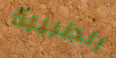
الطبيبة